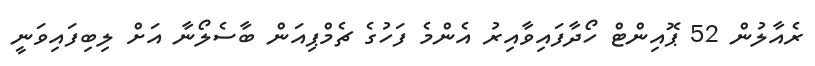
ރެއާލުން 52 ޕޮއިންޓް ހޯދާފައިވާއިރު އެންމެ ފަހުގެ ޗެމްޕިއަން ބާސެލޯނާ އަށް ލިބިފައިވަނީ